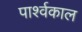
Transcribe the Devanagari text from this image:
पार्श्वकाल